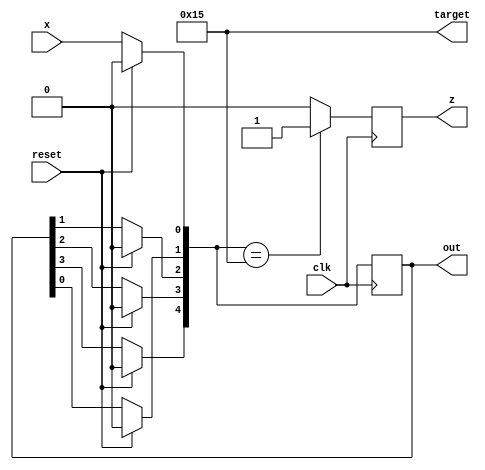
module mealy_10101(
    input reset, 
    input clk, 
    input x,
    
    output reg z,
    output reg [4:0] out,
    output [4:0] target
);

reg[4:0] target = 5'b10101;

always @(posedge clk) begin
    if (reset) begin
        out <= 5'b00000;
        z = 1'b0;
    end
    
    else begin
        out[4] = out[3];
        out[3] = out[2];
        out[2] = out[1];
        out[1] = out[0];
        out[0] = x;
    end
    
    if (out == target) z <= 1'b1;
    else z <= 1'b0;
end

endmodule